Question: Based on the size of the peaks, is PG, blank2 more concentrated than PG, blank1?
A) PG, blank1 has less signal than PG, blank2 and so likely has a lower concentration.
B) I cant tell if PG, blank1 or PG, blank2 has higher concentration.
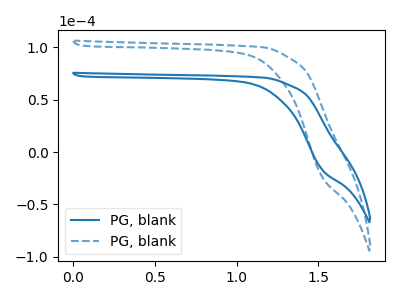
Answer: <think>The blue curve "PG, blank1" has no peaks. The blue dashed curve "PG, blank2" has no peaks.
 Neither "PG, blank1" or "PG, blank2" have any peaks.</think>
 <answer>B) I cant tell if "PG, blank1" or "PG, blank2" has higher concentration.</answer>
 <eval>B</eval>